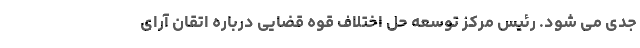
جدی می شود. رئیس مرکز توسعه حل اختلاف قوه قضایی درباره اتقان آرای